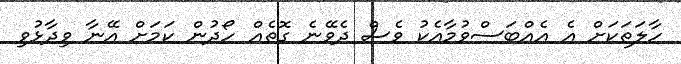
ހާލަތަކަށް އެ އެއްބަސްވުމާއެކު ވެސް ދެވޭނެ ގޮތެއް ހޯދުން ކަމަށް އޭނާ ވިދާޅުވި